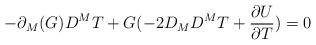
LaTeX: \begin{align*}-\partial_{M}(G)D^{M}T+G(-2D_{M}D^{M}T+\frac{\partial U}{\partial T})=0\end{align*}